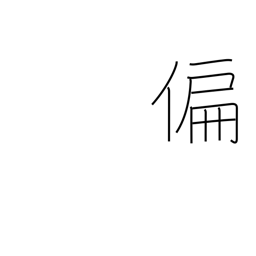
Meaning: partial